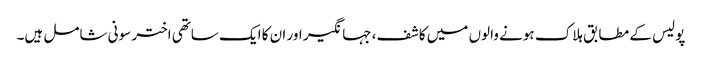
پولیس کے مطابق ہلاک ہونے والوں میں کاشف، جہانگیر اور ان کا ایک ساتھی اختر سونی شامل ہیں۔